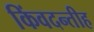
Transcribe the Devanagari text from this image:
किंवदन्तीह